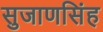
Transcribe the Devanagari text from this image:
सुजाणसिंह